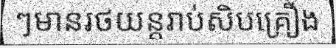
ៗមានរថយន្តរាប់សិបគ្រឿង